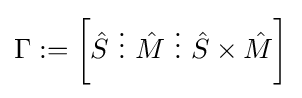
\Gamma :=\left[{\hat {S}}~\vdots ~{\hat {M}}~\vdots ~{\hat {S}}\times {\hat {M}}\right]